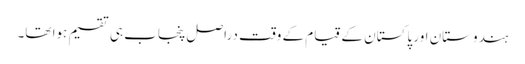
ہندوستان اور پاکستان کے قیام کے وقت دراصل پنجاب ہی تقسیم ہوا تھا۔